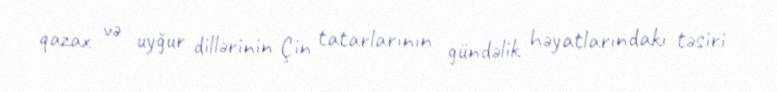
qazax və uyğur dillərinin Çin tatarlarının gündəlik həyatlarındakı təsiri